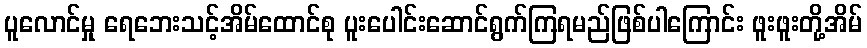
ပူလောင်မှု ရေဘေးသင့်အိမ်ထောင်စု ပူးပေါင်းဆောင်ရွက်ကြရမည်ဖြစ်ပါကြောင်း ဖူးဖူးတို့အိမ်